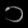
Digit: ၁